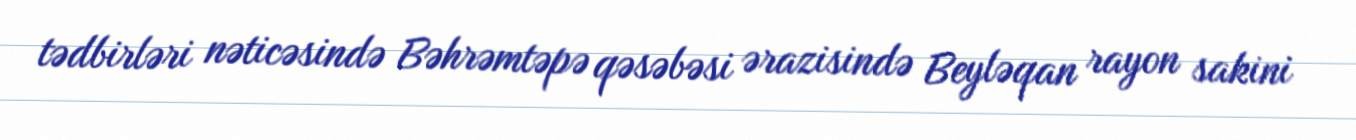
tədbirləri nəticəsində Bəhrəmtəpə qəsəbəsi ərazisində Beyləqan rayon sakini